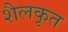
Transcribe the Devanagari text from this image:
शैलकृत